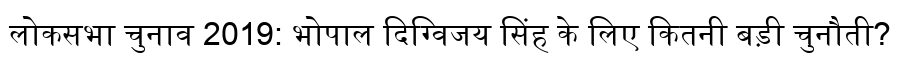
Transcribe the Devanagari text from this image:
लोकसभा चुनाव 2019: भोपाल दिग्विजय सिंह के लिए कितनी बड़ी चुनौती?